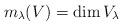
LaTeX: \begin{align*} m_\lambda(V)=\dim V_\lambda\end{align*}